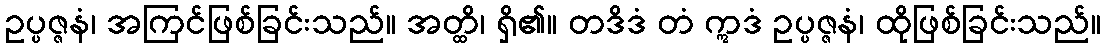
ဥပ္ပဇ္ဇနံ၊ အကြင်ဖြစ်ခြင်းသည်။ အတ္ထိ၊ ရှိ၏။ တဒိဒံ တံ ဣဒံ ဥပ္ပဇ္ဇနံ၊ ထိုဖြစ်ခြင်းသည်။